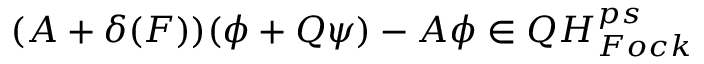
( A + \delta ( F ) ) ( \phi + Q \psi ) - A \phi \in Q H _ { F o c k } ^ { p s }